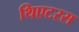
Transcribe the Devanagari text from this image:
थिएटरस